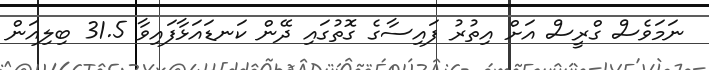
ނަމަވެސް ގްރީސް އަށް އިތުރު ފައިސާގެ ގޮތުގައި ދޭން ކަނޑައަޅާފައިވާ 31.5 ބިލިއަން